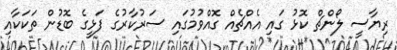
ރިޔާސީ ލޯންޗް ކޮޅު ގައި އެއްޗެއް ގޮއްވުމުގައި ސަރުކާރުގެ ފަޅީގެ ބޮޑުން ތަކަކާއި